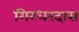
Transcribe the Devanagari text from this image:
गिरधरदास